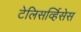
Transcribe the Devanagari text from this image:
टेलिसर्व्हिसेस